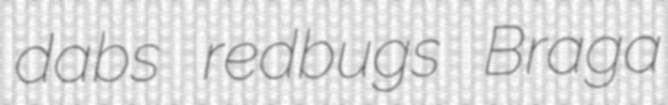
dabs redbugs Braga